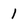
Character: 1